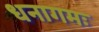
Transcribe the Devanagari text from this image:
धनागमः